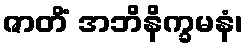
ဇာတိံ အဘိနိက္ခမနံ၊